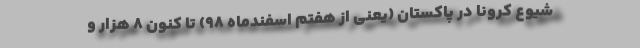
شیوع کرونا در پاکستان (یعنی از هفتم اسفندماه ۹۸) تا کنون ۸ هزار و